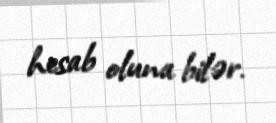
hesab oluna bilər.